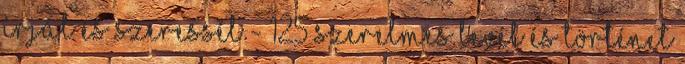
Írjál és szeressél - 125 szerelmes levél és történet